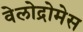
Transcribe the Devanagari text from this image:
वेलोद्रोमेस